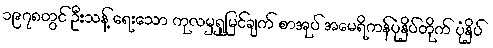
၁၉၇၈တွင် ဦးသန့် ရေးသော ကုလမှရှုမြင်ချက် စာအုပ် အမေရိကန်ပုံနှိပ်တိုက် ပုံနှိပ်